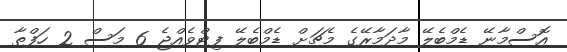
އޮސްމާނޭ ޑެމްބެލޭ މާދަމާރޭގެ މެޗަށް ޑެމްބެލޭ ފިޓްވެއްޖެ 6 މަސް 2 ހަފްތާ